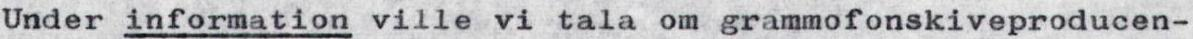
Under information ville vi tala om grammofonskiveproducen-